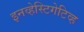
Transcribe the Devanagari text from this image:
इनव्हेस्टिगेटिव्ह